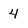
Character: 4